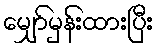
မျှော်မှန်းထားပြီး